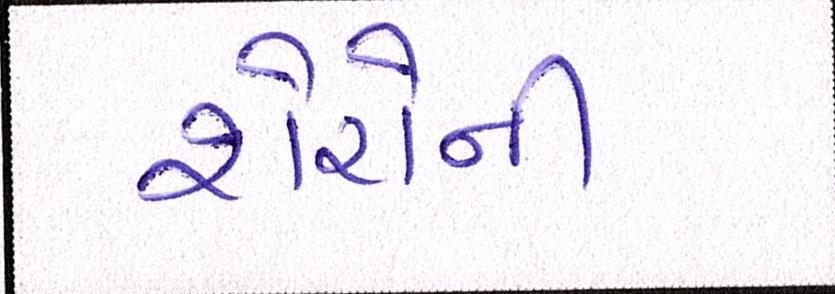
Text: શેરોની